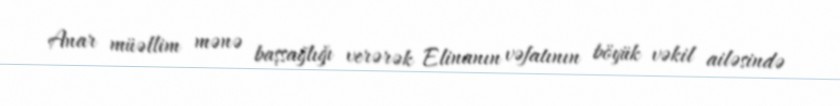
Anar müəllim mənə başsağlığı verərək Elinanın vəfatının böyük vəkil ailəsində